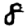
Digit: 8